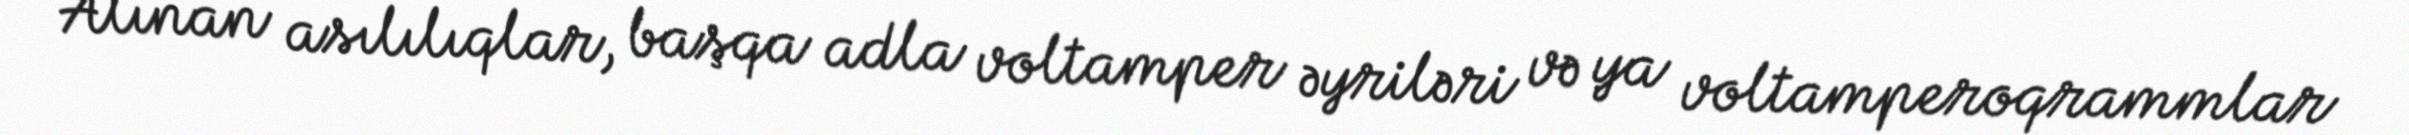
Alınan asılılıqlar, başqa adla voltamper əyriləri və ya voltamperoqrammlar